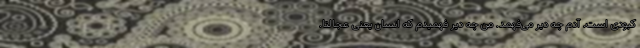
کبودی است. آدم چه دیر می‌فهمد. من چه دیر فهمیدم که انسان یعنی عجالتاً.